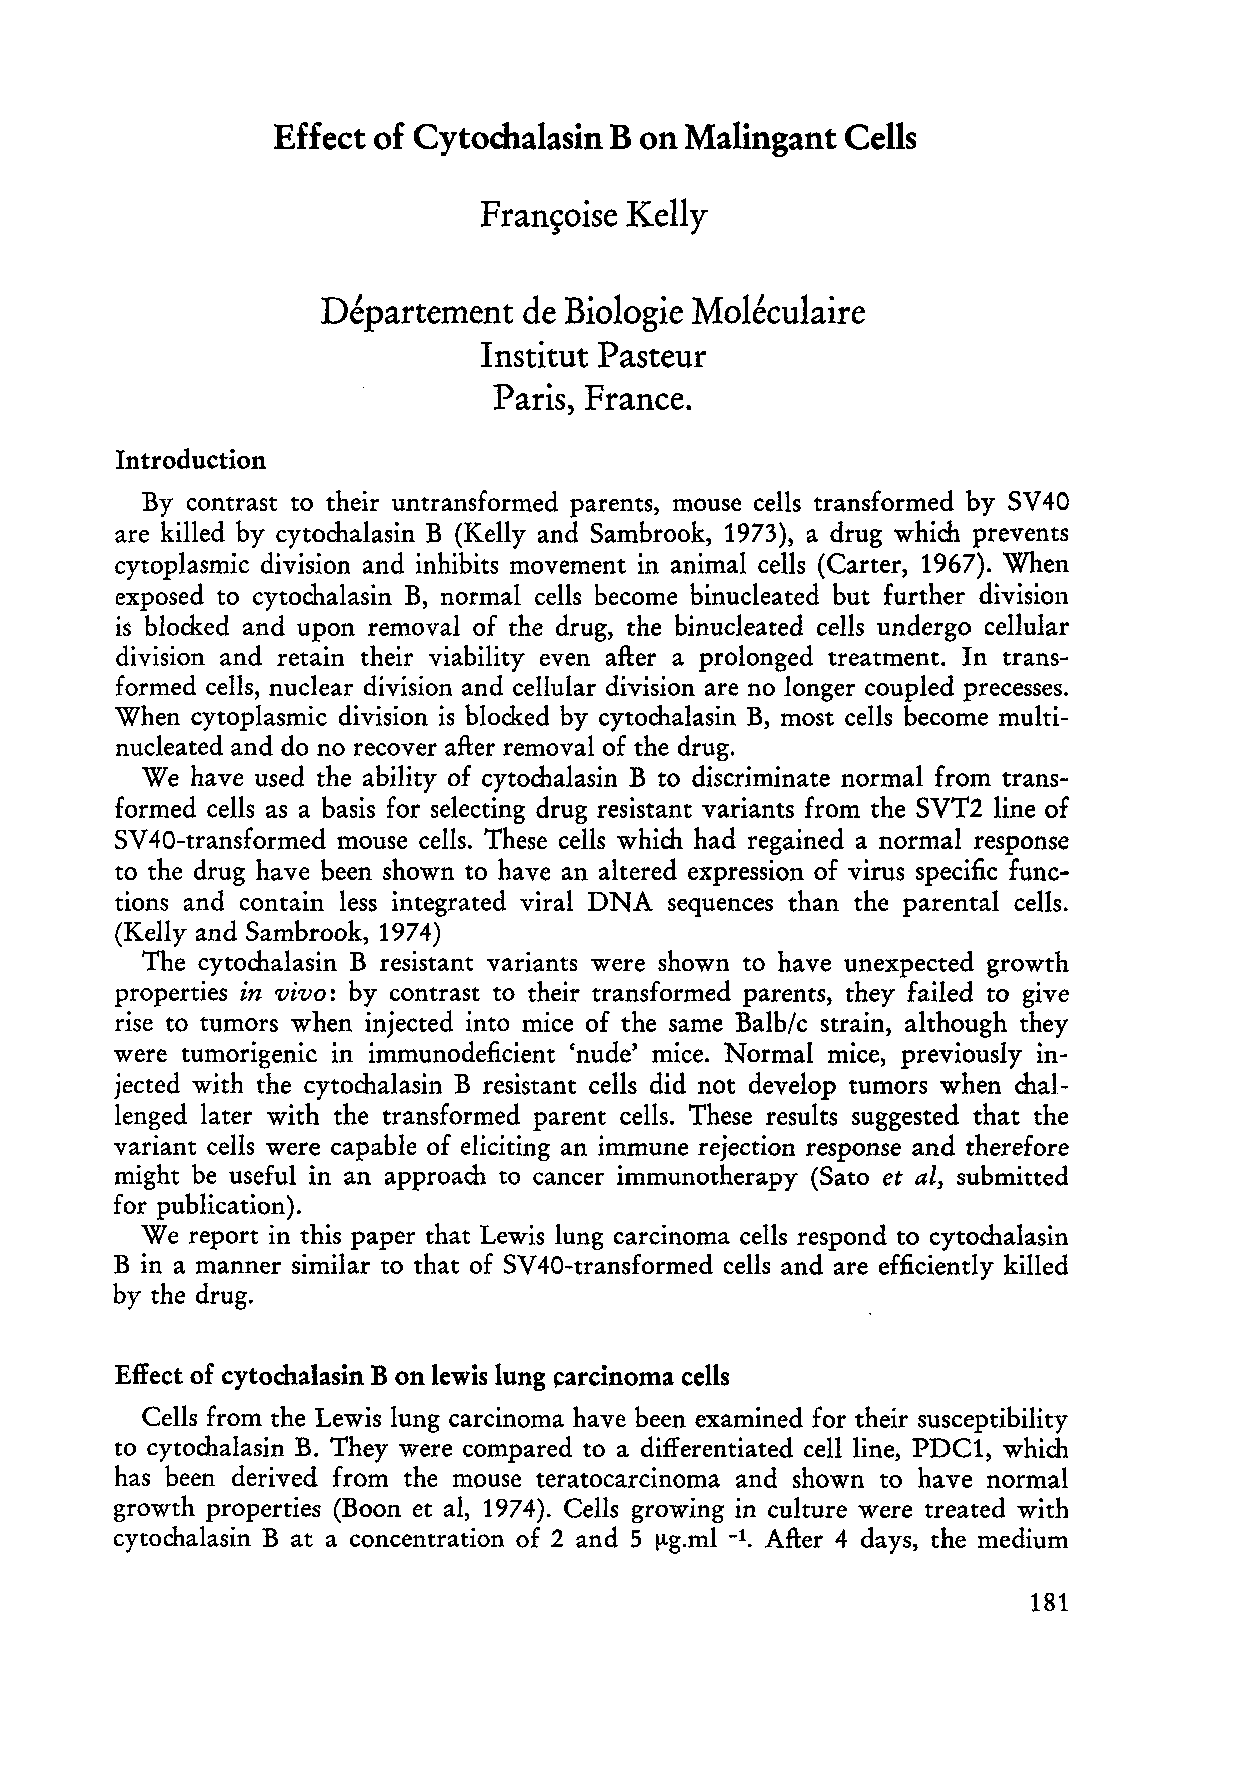
Effect of Cytochalasin B on Malingant Cells
 Frans:oise KeHy
 Departement   de Biologie Moleculaire
 Institut Pasteur
 Paris, France.
 Introduction
 sv
 By contrast to their untransformed parents, mouse cells transformed by 40
 are killed by cytochalasin B (KeHy and Sambrook, 1973), a drug which prevents
 cytoplasmic division and inhibits movement in anima! cells (Carter, 1967). When
 exposed to cytochalasin B, normal cells become binuc1eated but further division
 is blocked and upon removal of the drug, the binuc1eated cells undergo cellular
 division and retain their viability even after a prolonged treatment. In trans
 formed cells, nuc1ear division and cellular division are no longer coupled precesses.
 When cytoplasmic division is blocked by cytochalasin B, most cells become multi
 nuc1eated and do no recover after removal of the drug.
 We have used the ability of cytochalasin B to discriminate normal from trans
 formed ceHs as a basis for selecting drug resistant variants from the SVT2 line of
 sv
 40-transformed mouse cells. These cells which had regained a normal response
 to the drug have been shown to have an altered expression of virus specific func
 tions and contain less integrated viral DNA sequences than the parental cells.
 (Kelly and Sambrook, 1974)
 The cytochalasin B resistant variants were shown to have unexpected growth
 properties in vivo: by contrast to their transformed parents, they failed to give
 rise to tumors when injected into mice of the same Balb/c strain, although they
 were tumorigenic in immunodeficient 'nude' mice. Normal mice, previously in
 jected with the cytochalasin B resistant cells did not develop tumors when chal
 lenged later with the transformed parent cells. These results suggested that the
 variant cells were capable of eliciting an immune rejection response and therefore
 might be usefu! in an approach to cancer immunotherapy (Sato et al, submitted
 for publication).
 We  report in this paper that Lewis lung carcinoma cells respond to cytochalasin
 B in a manner similar to that of SV 40-transformed cells and are efficiently killed
 by the drug.
 Effect of cytochalasin B on lewis lung carcinoma cells
 Cells from the Lewis lung carcinoma have been examined for their susceptibility
 to cytochalasin B. They were compared to a differentiated celliine, PDC1, whi ch
 has been derived from the mouse teratocarcinoma and shown to have normal
 growth properties (Boon et al, 1974). Cells growing in culture were treated with
 cytochalasin B at a concentration of 2 and 5 Ilg.ml -1. After 4 days, the medium
 181